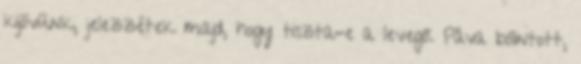
kijövünk, jelezzétek majd, hogy tiszta-e a levegő. Páva bólintott,